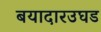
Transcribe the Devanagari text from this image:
बयादारउघड